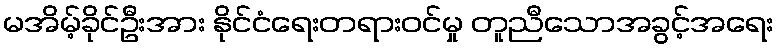
မအိမ့်ခိုင်ဦးအား နိုင်ငံရေးတရားဝင်မှု တူညီသောအခွင့်အရေး